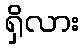
ရှိလား